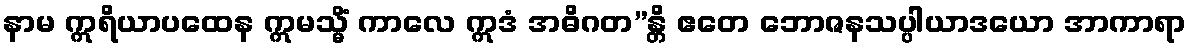
နာမ ဣရိယာပထေန ဣမသ္မိံ ကာလေ ဣဒံ အဓိဂတ”န္တိ ဧတေ ဘောဇနသပ္ပါယာဒယော အာကာရာ